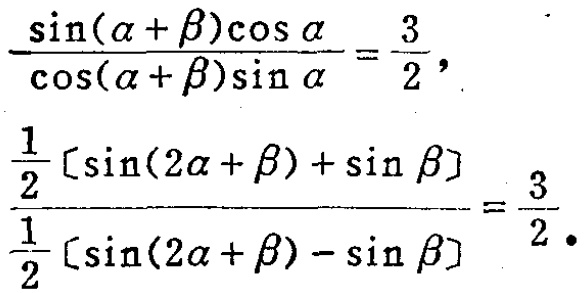
\(\frac{\sin(\alpha + \beta)\cos\alpha}{\cos(\alpha + \beta)\sin\alpha}=\frac{3}{2},\)
\(\frac{\frac{1}{2}[\sin(2\alpha + \beta) + \sin\beta]}{\frac{1}{2}[\sin(2\alpha + \beta) - \sin\beta]}=\frac{3}{2}.\)